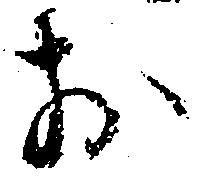
お